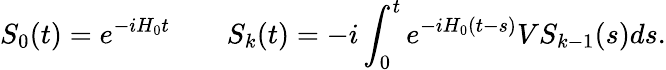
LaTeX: S_{0}(t)=e^{-iH_{0}t}\qquad S_{k}(t)=-i\int_{0}^{t}e^{-iH_{0}(t-s)}VS_{k-1}(s)ds.